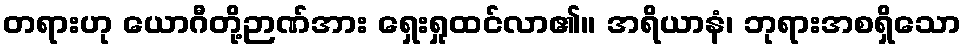
တရားဟု ယောဂီတို့ဉာဏ်အား ရှေးရှုထင်လာ၏။ အရိယာနံ၊ ဘုရားအစရှိသော